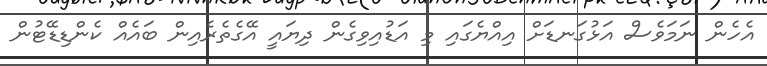
އެހެން ނަމަވެސް އަޅުގަނޑަށް އިއްޔެގައި މި އަޑުއިވިގެން ދިޔައީ އޭގެތެރެއިން ބައެއް ކެންޑިޑޭޓުން